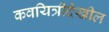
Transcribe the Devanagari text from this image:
कवयित्रीदेखील